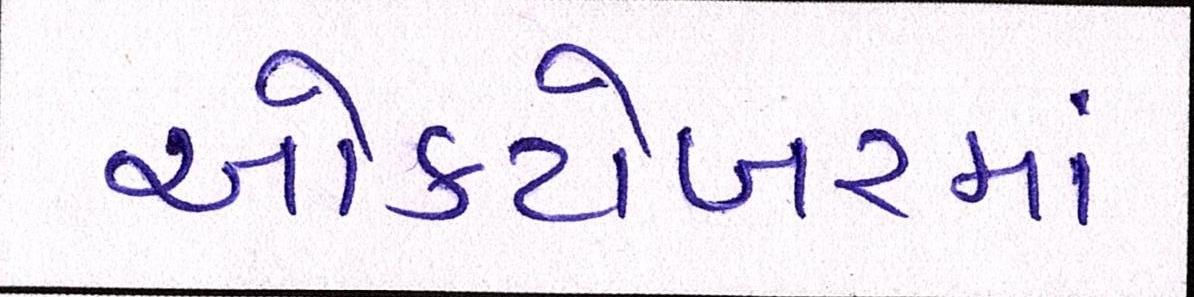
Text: ઓક્ટોબરમાં